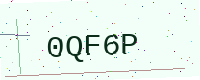
Text: 0QF6P